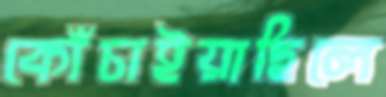
কোঁচাইয়াছিলে